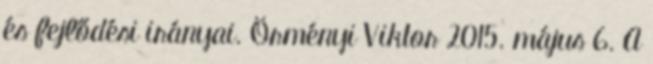
és fejlődési irányai. Örményi Viktor 2015. május 6. A